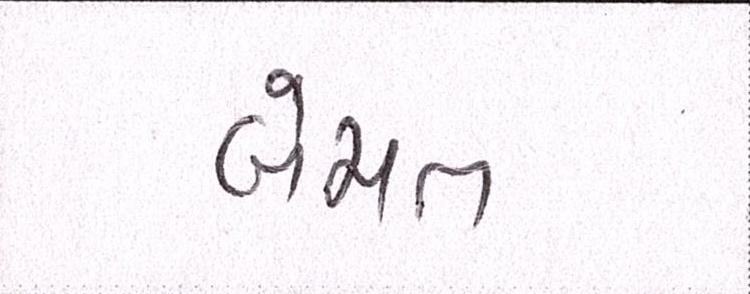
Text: બેમત